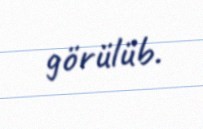
görülüb.